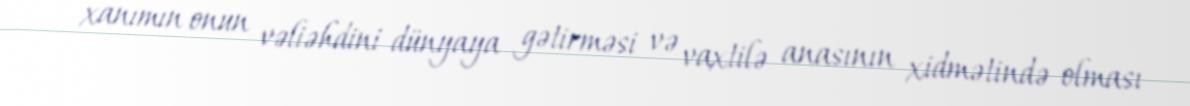
xanımın onun vəliəhdini dünyaya gətirməsi və vaxtilə anasının xidmətində olması